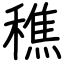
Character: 穛